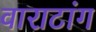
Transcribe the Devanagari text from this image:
वाराटांग